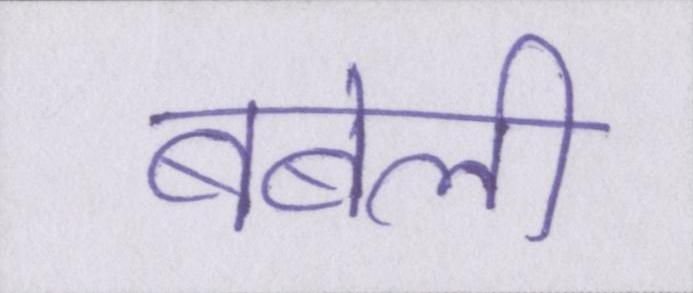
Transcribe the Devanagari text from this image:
बबेली